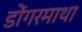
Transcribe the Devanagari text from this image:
डोंगरमाथा